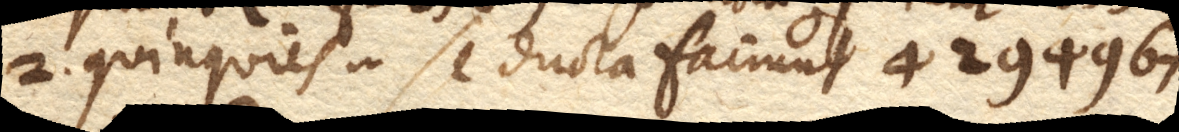
2. quinquies in se ducta faciunt 4294967